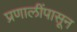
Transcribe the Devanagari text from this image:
प्रणालींपासून